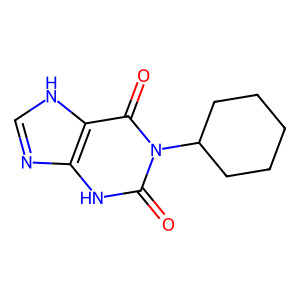
SMILES: O=c1[nH]c2nc[nH]c2c(=O)n1C1CCCCC1
Inhibits HIV replication: No